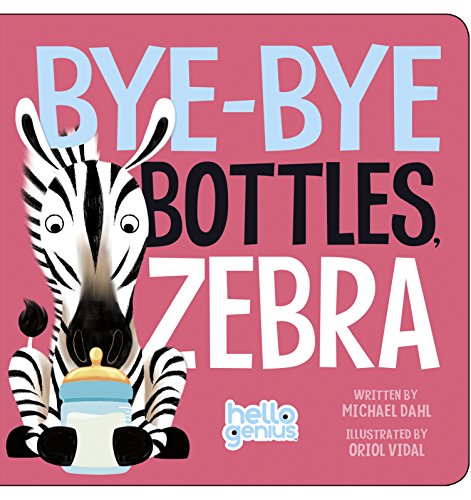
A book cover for Bye-Bye Bottles, Zebra (Hello Genius); Michael Dahl; Children's Books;